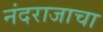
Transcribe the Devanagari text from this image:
नंदराजाचा